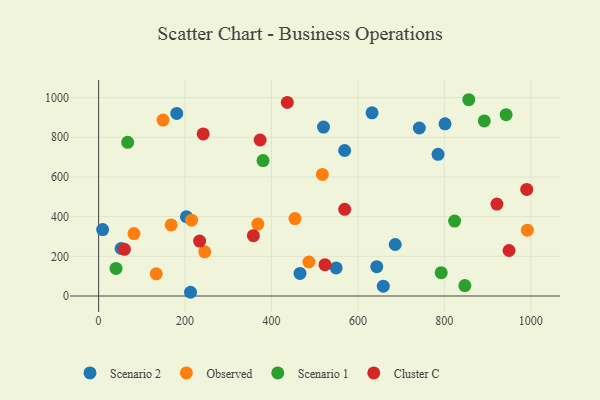
{"axis": {"x": "Engine Size", "y": "Sales"}, "legend": ["Cluster C", "Observed", "Scenario 1", "Scenario 2"], "data": [{"x": "203.1", "y": 399.4, "type": "Scenario 2"}, {"x": "549.6", "y": 141.6, "type": "Scenario 2"}, {"x": "643.6", "y": 147.8, "type": "Scenario 2"}, {"x": "466.0", "y": 113.6, "type": "Scenario 2"}, {"x": "180.8", "y": 920.4, "type": "Scenario 2"}, {"x": "569.3", "y": 733.3, "type": "Scenario 2"}, {"x": "785.4", "y": 714.1, "type": "Scenario 2"}, {"x": "52.1", "y": 239.4, "type": "Scenario 2"}, {"x": "686.3", "y": 259.5, "type": "Scenario 2"}, {"x": "801.6", "y": 867.7, "type": "Scenario 2"}, {"x": "212.7", "y": 18.8, "type": "Scenario 2"}, {"x": "520.4", "y": 851.6, "type": "Scenario 2"}, {"x": "658.7", "y": 49.3, "type": "Scenario 2"}, {"x": "742.1", "y": 846.8, "type": "Scenario 2"}, {"x": "9.3", "y": 334.8, "type": "Scenario 2"}, {"x": "632.7", "y": 923.3, "type": "Scenario 2"}, {"x": "992.1", "y": 331.7, "type": "Observed"}, {"x": "454.3", "y": 390.4, "type": "Observed"}, {"x": "149.1", "y": 886.5, "type": "Observed"}, {"x": "368.5", "y": 362.3, "type": "Observed"}, {"x": "486.7", "y": 171.4, "type": "Observed"}, {"x": "167.8", "y": 358.5, "type": "Observed"}, {"x": "81.8", "y": 314.8, "type": "Observed"}, {"x": "245.6", "y": 222.6, "type": "Observed"}, {"x": "215.1", "y": 382.2, "type": "Observed"}, {"x": "517.7", "y": 613.0, "type": "Observed"}, {"x": "133.4", "y": 112.0, "type": "Observed"}, {"x": "892.4", "y": 882.3, "type": "Scenario 1"}, {"x": "942.9", "y": 913.9, "type": "Scenario 1"}, {"x": "856.5", "y": 989.3, "type": "Scenario 1"}, {"x": "40.3", "y": 138.8, "type": "Scenario 1"}, {"x": "847.4", "y": 52.8, "type": "Scenario 1"}, {"x": "823.7", "y": 377.8, "type": "Scenario 1"}, {"x": "792.7", "y": 117.8, "type": "Scenario 1"}, {"x": "67.3", "y": 774.7, "type": "Scenario 1"}, {"x": "380.5", "y": 682.8, "type": "Scenario 1"}, {"x": "59.7", "y": 235.1, "type": "Cluster C"}, {"x": "242.0", "y": 816.9, "type": "Cluster C"}, {"x": "436.6", "y": 975.8, "type": "Cluster C"}, {"x": "373.7", "y": 786.2, "type": "Cluster C"}, {"x": "569.4", "y": 436.7, "type": "Cluster C"}, {"x": "990.6", "y": 537.3, "type": "Cluster C"}, {"x": "358.1", "y": 303.9, "type": "Cluster C"}, {"x": "233.7", "y": 277.0, "type": "Cluster C"}, {"x": "921.6", "y": 463.6, "type": "Cluster C"}, {"x": "523.8", "y": 158.1, "type": "Cluster C"}, {"x": "949.7", "y": 229.4, "type": "Cluster C"}]}